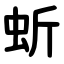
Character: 蚚